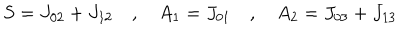
S = J _ { 0 2 } + J _ { 1 2 } \quad , \quad A _ { 1 } = J _ { 0 1 } \quad , \quad A _ { 2 } = J _ { 0 3 } + J _ { 1 3 }